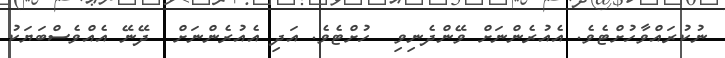
ނުކުރައްވާހުށްޓެވެ. އެއުރެންނަށް ވޭންދެނިވި  ހުށްޓެވެ. އަދި އެއުރެންނަށް  ދޭނޭ އެއްވެސްބަޔަކު